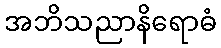
အဘိသညာနိရောဓံ